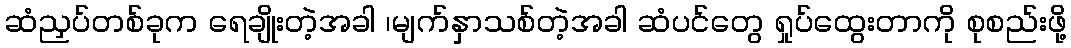
ဆံညှပ်တစ်ခုက ရေချိုးတဲ့အခါ ၊မျက်နှာသစ်တဲ့အခါ ဆံပင်တွေ ရှုပ်ထွေးတာကို စုစည်းဖို့